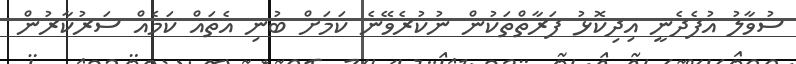
ސުވާލު އުފެދެނީ އިދިކޮޅު ފަރާތްތަކުން ނުކުރެވޭނެ ކަމަށް ބުނި އެތައް ކަމެއް ސަރުކާރުން